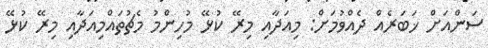
ސަންއަށް ޚަބަރެއް ދެއްވުމަށް: މިއަދާއި މިރޭ ކުޅޭ މުހިންމު މެޗުތައްމިއަދާއި މިރޭ ކުޅޭ